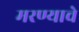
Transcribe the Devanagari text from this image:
मरण्याचे